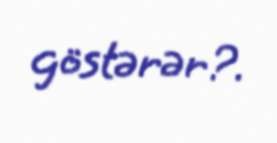
göstərər?.